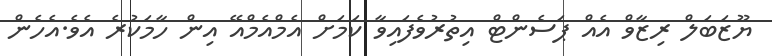
ޔޫޒަބަލް ރިޒާވް އެއް ޕަސެންޓް އިތުރުވެފައިވާ ކަމަށް އެމްއެމްއޭ އިން ހާމަކުރެ އެވެ.އެހެން